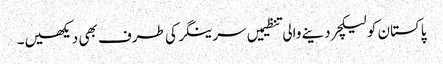
پاکستان کو لیکچر دینے والی تنظیمیں سرینگر کی طرف بھی دیکھیں۔